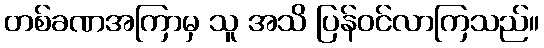
တစ်ခဏအကြာမှ သူ အသိ ပြန်ဝင်လာကြသည်။